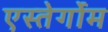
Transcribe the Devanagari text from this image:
एस्तेर्गोम